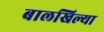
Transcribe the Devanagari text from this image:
बालखिल्या